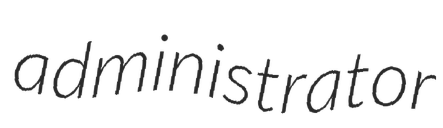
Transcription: administrator